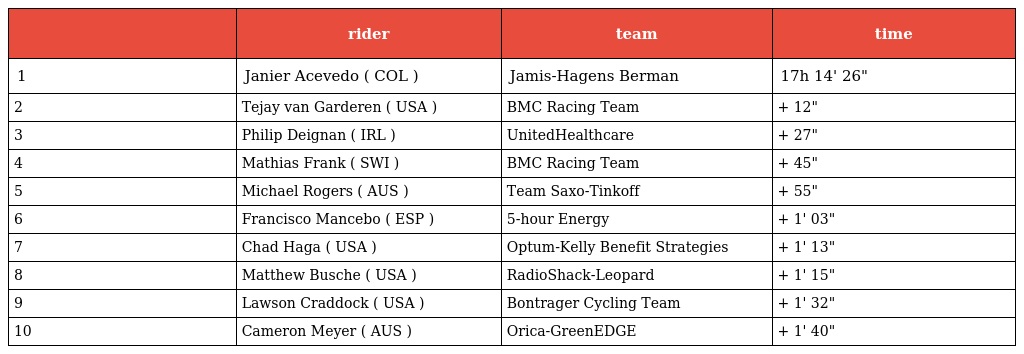
|  | rider | team | time |
 | --- | --- | --- | --- |
 | 1 | Janier Acevedo ( COL ) | Jamis-Hagens Berman | 17h 14' 26" |
 | 2 | Tejay van Garderen ( USA ) | BMC Racing Team | + 12" |
 | 3 | Philip Deignan ( IRL ) | UnitedHealthcare | + 27" |
 | 4 | Mathias Frank ( SWI ) | BMC Racing Team | + 45" |
 | 5 | Michael Rogers ( AUS ) | Team Saxo-Tinkoff | + 55" |
 | 6 | Francisco Mancebo ( ESP ) | 5-hour Energy | + 1' 03" |
 | 7 | Chad Haga ( USA ) | Optum-Kelly Benefit Strategies | + 1' 13" |
 | 8 | Matthew Busche ( USA ) | RadioShack-Leopard | + 1' 15" |
 | 9 | Lawson Craddock ( USA ) | Bontrager Cycling Team | + 1' 32" |
 | 10 | Cameron Meyer ( AUS ) | Orica-GreenEDGE | + 1' 40" |